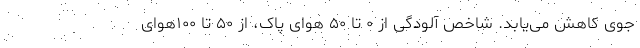
جوی کاهش می‌یابد. شاخص آلودگی از ۰ تا ۵۰ هوای پاک، از ۵۰ تا ۱۰۰هوای